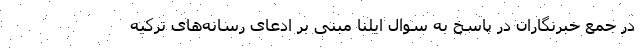
در جمع خبرنگاران در پاسخ به سوال ایلنا مبنی بر ادعای رسانه‌های ترکیه